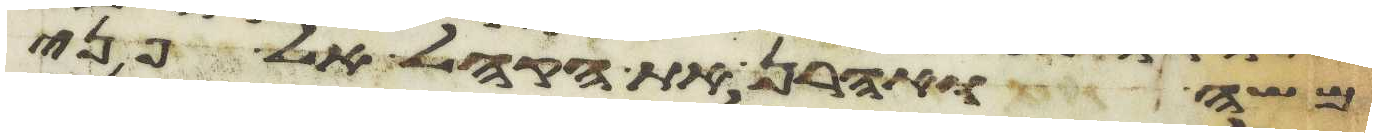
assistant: משה ואהרן את הקהל אל פני